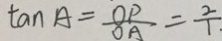
\tan A = \frac { O P } { O A } = \frac { 2 } { 1 }